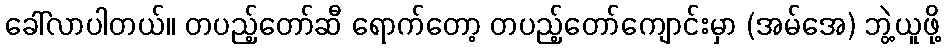
ခေါ်လာပါတယ်။ တပည့်တော်ဆီ ရောက်တော့ တပည့်တော်ကျောင်းမှာ (အမ်အေ) ဘွဲ့ယူဖို့